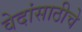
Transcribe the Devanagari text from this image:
वेदांसाठीचे